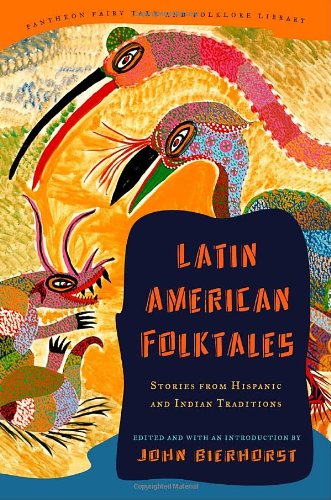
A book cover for Latin American Folktales: Stories from Hispanic and Indian Traditions (The Pantheon Fairy Tale and Folklore Library); John Bierhorst; Literature & Fiction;